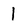
Character: l